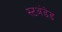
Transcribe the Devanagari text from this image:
स्टअंडेड